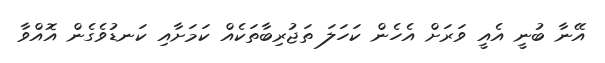
އޭނާ ބުނީ އެއީ ވަރަށް އެހެން ކަހަލަ ތަޖުރިބާތަކެއް ކަމަށާއި ކަނޑުވެގެން އޮއްވާ